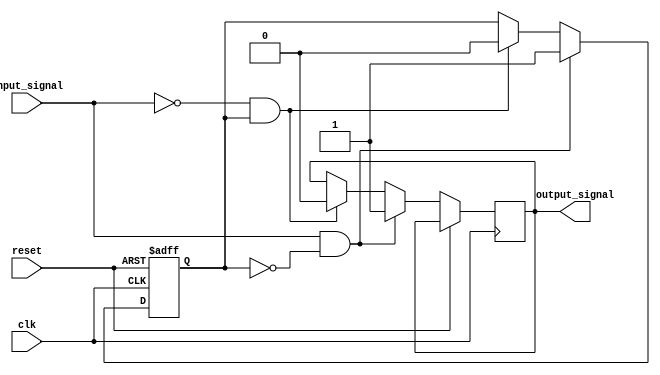
module schmitt_trigger (
    input wire clk,
    input wire reset,
    input wire input_signal,
    output reg output_signal
);

reg prev_output;

parameter HIGH_THRESHOLD = 1'b1;
parameter LOW_THRESHOLD = 1'b0;

always @ (posedge clk or posedge reset) begin
    if (reset) begin
        prev_output <= LOW_THRESHOLD;
    end else begin
        if (input_signal == HIGH_THRESHOLD && prev_output == LOW_THRESHOLD) begin
            output_signal <= HIGH_THRESHOLD;
            prev_output <= HIGH_THRESHOLD;
        end else if (input_signal == LOW_THRESHOLD && prev_output == HIGH_THRESHOLD) begin
            output_signal <= LOW_THRESHOLD;
            prev_output <= LOW_THRESHOLD;
        end
    end
end

endmodule